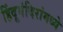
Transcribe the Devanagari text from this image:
हिंदूमंदिरांमध्ये